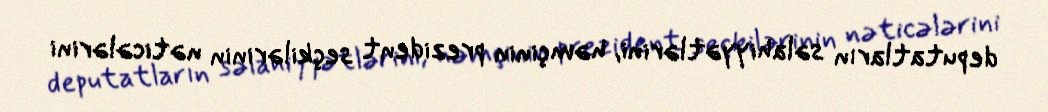
deputatların səlahiyyətlərini, həmçinin prezident seçkilərinin nəticələrini